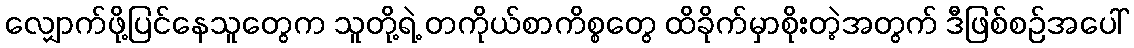
လျှောက်ဖို့ပြင်နေသူတွေက သူတို့ရဲ့ တကိုယ်စာကိစ္စတွေ ထိခိုက်မှာစိုးတဲ့အတွက် ဒီဖြစ်စဉ်အပေါ်